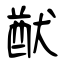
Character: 猷